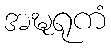
အဍ္ဎရုကံ